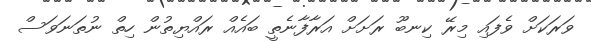
ވަރަކަށް ވެފައި މިރޭ ކިނބޫ ރަށަށް އަރާފާނެތީ ބައެއް ރައްޔިތުން ހިތް ނުތަނަވަސް